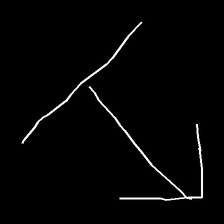
Glyph: levitation